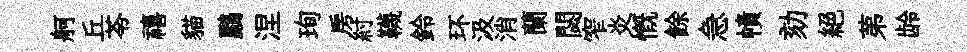
舸丘苓禧貓鸝涅珣房紂韈鈴环汲消蘭閟窄炎慨餘急幘劾絶苐龄